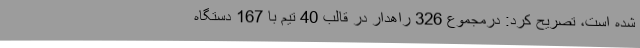
شده است، تصریح کرد: درمجموع 326 راهدار در قالب 40 تیم با 167 دستگاه